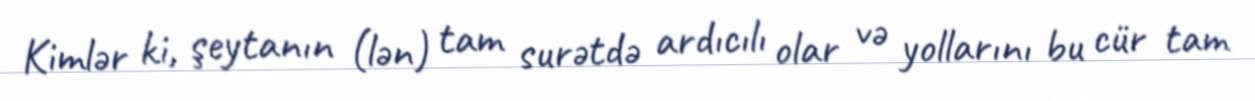
Kimlər ki, şeytanın (lən) tam surətdə ardıcılı olar və yollarını bu cür tam